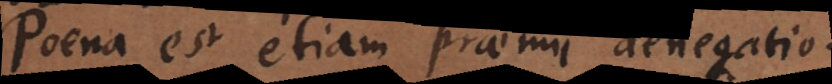
Poena est etiam praemii denegatio.